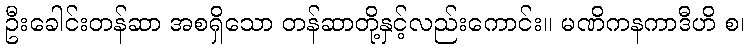
ဦးခေါင်းတန်ဆာ အစရှိသော တန်ဆာတို့နှင့်လည်းကောင်း။ မဏိကနကာဒီဟိ စ၊